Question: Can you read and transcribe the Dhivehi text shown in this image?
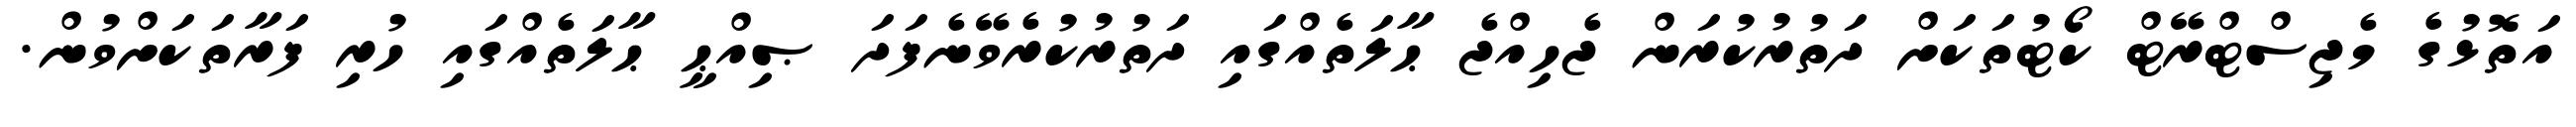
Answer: އަތޮޅުގެ މެޖިސްޓްރޭޓް ކޯޓުތަކަށް ދަތުރުކުރަން ޖެހިއްޖެ ޙާލަތެއްގައި ދަތުރުކުރެވޭނެފަދަ ޞިއްޙީ ޙާލަތެއްގައި ހުރި ފަރާތަކަށްވުން.